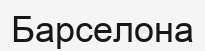
Барселона